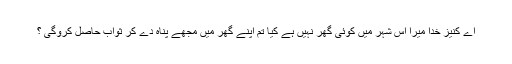
اے کنیز خدا میرا اس شہر میں کوئی گھر نہیں ہے کیا تم اپنے گھر میں مجھے پناہ دے کر ثواب حاصل کروگی ؟